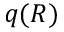
q ( R )